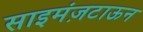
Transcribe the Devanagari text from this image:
साइमंज़टाऊन